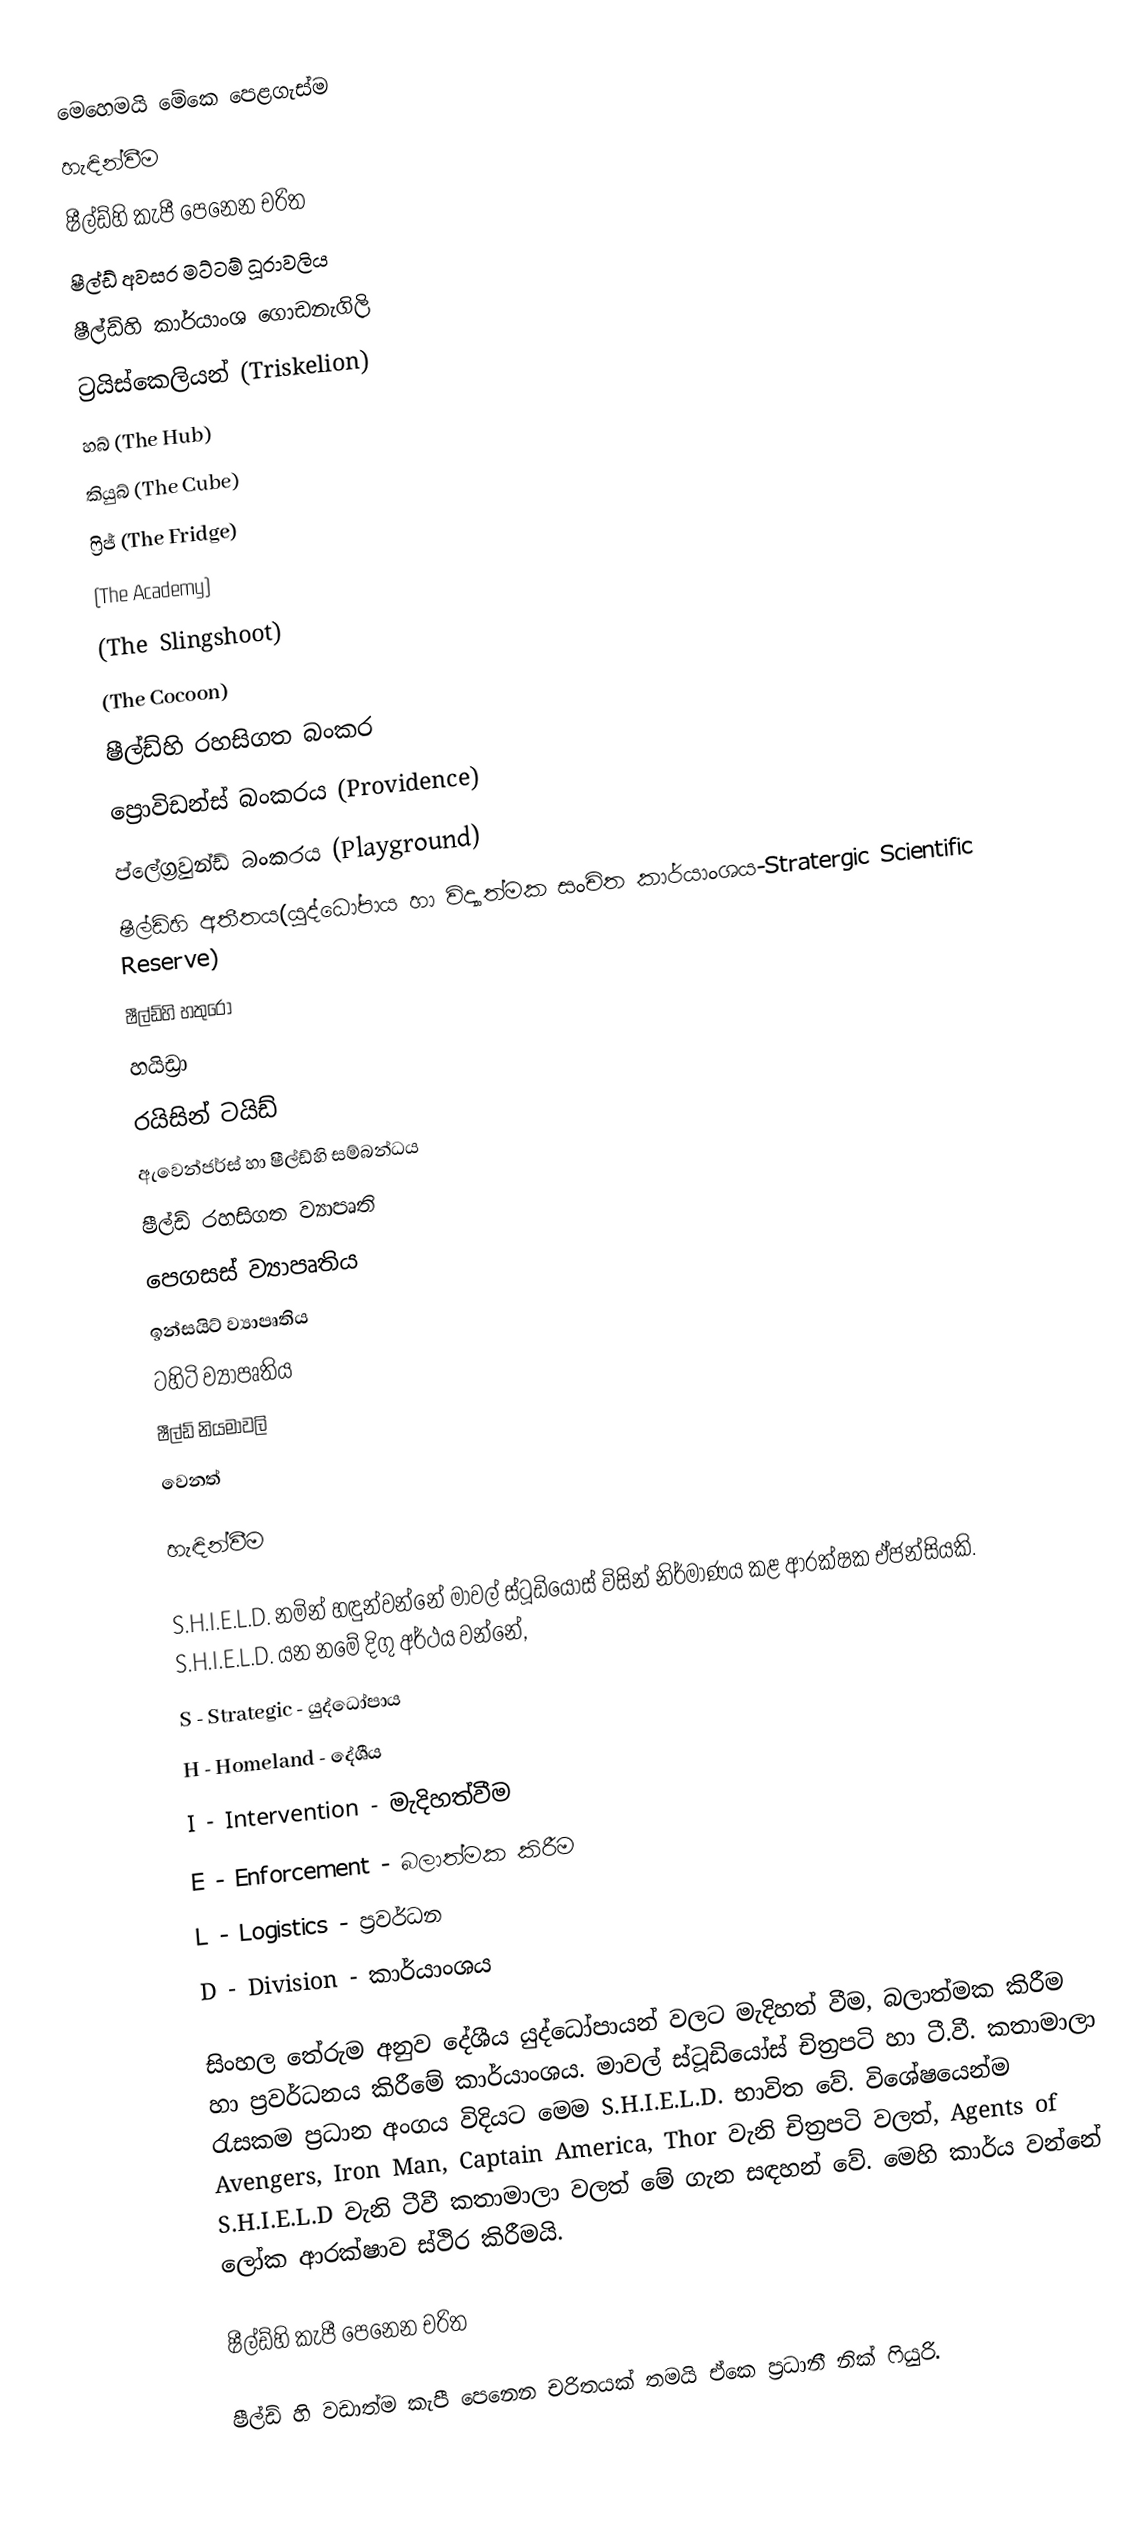
මෙහෙමයි මේකෙ පෙළගැස්ම
  හැඳින්වීම
 ෂීල්ඩ්හි කැපී පෙනෙන චරිත
 ෂීල්ඩ් අවසර මට්ටම් ධූරාවලිය
 ෂීල්ඩ්හි කාර්යාංශ ගොඩනැගිලි
 ට්‍රයිස්කෙලියන් (Triskelion)
 හබ් (The Hub)
කියුබ් (The Cube)
 ෆ්‍රිජ් (The Fridge)
(The Academy)
(The Slingshoot)
(The Cocoon)
 ෂීල්ඩ්හි රහසිගත බංකර
 ‍ප්‍රොවිඩන්ස් බංකරය (Providence)
 ප්ලේග්‍රවුන්ඩ් බංකරය (Playground)
 ෂීල්ඩ්හි අතීතය(යුද්ධෝපාය හා විද්‍යාත්මක සංචිත කාර්යාංශය-Stratergic Scientific Reserve)
 ෂීල්ඩ්හි හතුරෝ
හයිඩ්‍රා
රයිසින් ටයිඩ්
 ඇවෙන්ජර්ස් හා ෂීල්ඩ්හි සම්බන්ධය
 ෂීල්ඩ් රහසිගත ව්‍යාපෘති
පෙගසස් ව්‍යාපෘතිය
 ඉන්සයිට් ව්‍යාපෘතිය
 ටහිටි ව්‍යාපෘතිය
 ෂීල්ඩ් නියමාවලි
 වෙනත්

හැඳින්වීම

S.H.I.E.L.D. නමින් හඳුන්වන්නේ මාවල් ස්ටූඩියෝස් විසින් නිර්මාණය කළ  ආරක්ෂක ඒජන්සියකි. S.H.I.E.L.D. යන නමේ දිගු අර්ථය වන්නේ,
S - Strategic  -  යුද්ධෝපාය
H - Homeland  - දේශීය
I - Intervention  - මැදිහත්වීම
E - Enforcement - බලාත්මක කිරීම
L - Logistics  - ප්‍රවර්ධන
D - Division - කාර්යාංශය

සිංහල තේරුම අනුව දේශීය යුද්ධෝපායන් වලට මැදිහත් වීම, බලාත්මක කිරීම හා ප්‍රවර්ධනය කිරීමේ කාර්යාංශය. මාවල් ස්ටූඩියෝස් චිත්‍රපටි හා ටී.වී. කතාමාලා රැසකම ප්‍රධාන අංගය විදියට මෙම  S.H.I.E.L.D. භාවිත වේ. විශේෂයෙන්ම Avengers, Iron Man, Captain America, Thor වැනි චිත්‍රපටි වලත්, Agents of S.H.I.E.L.D වැනි ටීවී කතාමාලා වලත් මේ ගැන සඳහන් වේ. මෙහි  කාර්ය වන්නේ ලෝක ආරක්ෂාව ස්ථිර කිරීමයි.

ෂීල්ඩ්හි කැපී පෙනෙන චරිත

ෂීල්ඩ් හි වඩාත්ම කැපී පෙනෙන චරිතයක් තමයි ඒකෙ ප්‍රධානී නික් ෆියුරි.